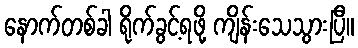
နောက်တစ်ခါ ရိုက်ခွင့်ရဖို့ ကျိန်းသေသွားပြီ။